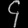
Digit: ၄